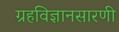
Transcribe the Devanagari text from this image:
ग्रहविज्ञानसारणी